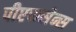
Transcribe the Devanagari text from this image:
पीएफसेन्स